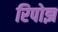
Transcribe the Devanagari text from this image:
रिपोझ